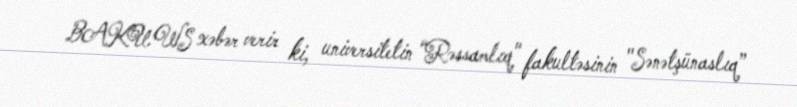
BAKU.WS xəbər verir ki, universitetin “Rəssamlıq" fakultəsinin "Sənətşünaslıq”